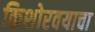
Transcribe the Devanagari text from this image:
किशोरवयाचा